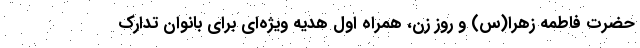
حضرت فاطمه زهرا(س) و روز زن، همراه اول هدیه ویژه‌ای برای بانوان تدارک